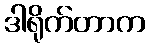
ဒါရိုက်တာက